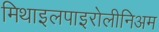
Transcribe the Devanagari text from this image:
मिथाइलपाइरोलीनिअम